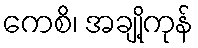
ကေစိ၊ အချို့ကုန်